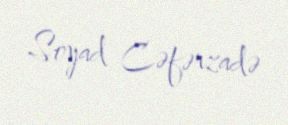
Soyad Cəfərzadə